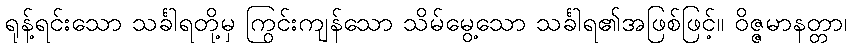
ရုန့်ရင်းသော သင်္ခါရတို့မှ ကြွင်းကျန်သော သိမ်မွေ့သော သင်္ခါရ၏အဖြစ်ဖြင့်။ ဝိဇ္ဇမာနတ္တာ၊